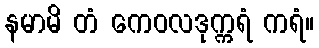
နမာမိ တံ ကေဝလဒုက္ကရံ ကရံ။